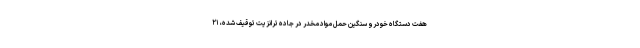
هفت دستگاه خودرو سنگین حمل مواد مخدر در جاده ترانزیت توقیف شده، ۲۱